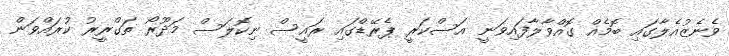
ވެނެޒުއެލާގައި ބޮމެއް ގޮއްވާލާފައިވަނީ އަސްކަރީ ޕެރޭޑްގައި ރައީސް ނިކޮލަސް މަދޫރޯ ތަގްރީރު ކުރައްވަން